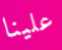
علينا